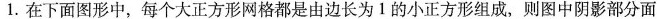
1.在下面图形中，每个大正方形网格都是由边长为1的小正方形组成，则图中阴影部分面